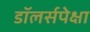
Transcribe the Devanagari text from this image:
डॉलर्सपेक्षा